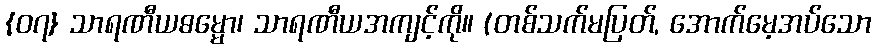
{၀၇} သာရဏီယဓမ္မော၊ သာရဏီယအကျင့်ကို။ (တစ်သက်မပြတ်, အောက်မေ့အပ်သော